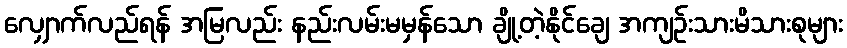
လျှောက်လည်ရန် အမြလည်း နည်းလမ်းမမှန်သော ချို့တဲ့နိုင်ချေ အကျဉ်းသားမိသားစုများ